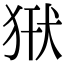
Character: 𤞿